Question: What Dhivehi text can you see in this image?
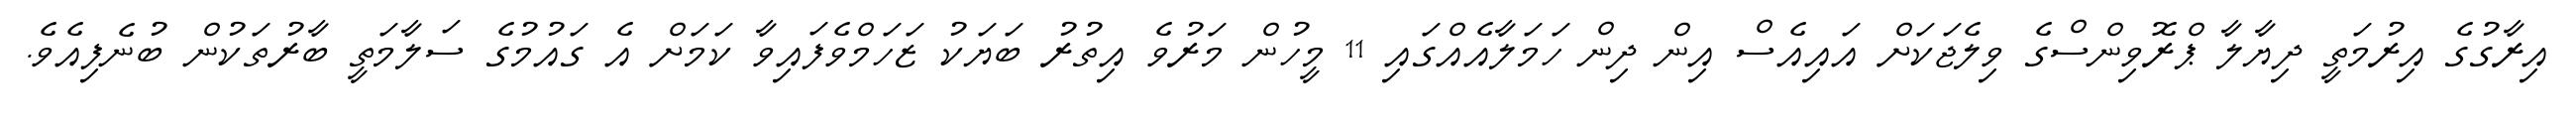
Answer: އިރާގުގެ އިރުމަތީ ދިޔާލާ ޕްރޮވިންސްގެ ވިލެޖަކަށް އައިއެސް އިން ދިން ހަމަލާއެއްގައި 11 މީހުން މަރުވެ އިތުރު ބަޔަކު ޒަހަމްވެފައިވާ ކަމަށް އެ ގައުމުގެ ސަލާމަތީ ބާރުތަކުން ބުނެފިއެވެ.